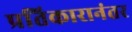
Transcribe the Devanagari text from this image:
प्रतिकारानंतर